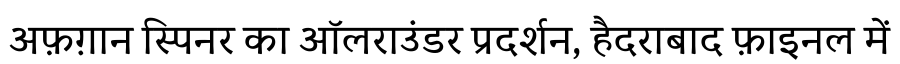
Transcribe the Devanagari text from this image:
अफ़ग़ान स्पिनर का ऑलराउंडर प्रदर्शन, हैदराबाद फ़ाइनल में